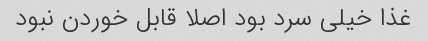
غذا خیلی سرد بود اصلا قابل خوردن نبود